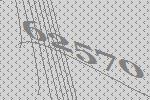
62570